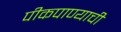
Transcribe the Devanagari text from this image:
पीकपाण्याची